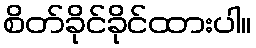
စိတ်ခိုင်ခိုင်ထားပါ။